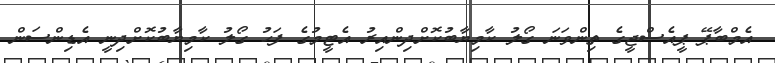
އެމްބާޕޭ ޕީއެސްޖީގެ ތިންވަނަ ގޯލު ކާމިޔާބުކޮށްދިންއިރު އެޓީމުގެ ފަހު ގޯލު ކާމިޔާބުކޮށްދިނީ އެޑިންސަން